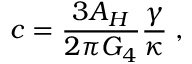
c = \frac { 3 A _ { H } } { 2 \pi G _ { 4 } } \frac { \gamma } { \kappa } \; ,